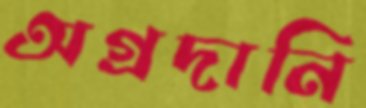
অগ্রদানি